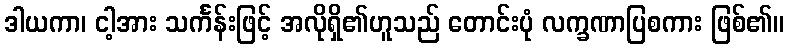
ဒါယကာ၊ ငါ့အား သင်္ကန်းဖြင့် အလိုရှိ၏ဟူသည် တောင်းပုံ လက္ခဏာပြစကား ဖြစ်၏။